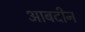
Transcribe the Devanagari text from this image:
आबदीन